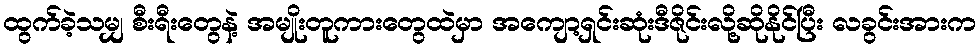
ထွက်ခဲ့သမျှ စီးရီးတွေနဲ့ အမျိုးတူကားတွေထဲမှာ အကျော့ရှင်းဆုံးဒီဇိုင်းလို့ဆိုနိုင်ပြီး လခွင်းအားက